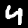
Digit: 4